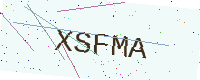
Text: XSFMA